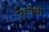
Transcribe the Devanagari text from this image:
प्रसांथी